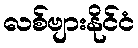
လစ်ဗျားနိုင်ငံ